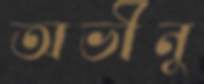
অভীনু